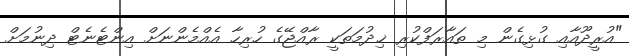
"އުރީދޫއާއި ގުޅިގެން މި ތައާރަފްކުރި ޚިދުމަތަކީ ރާއްޖޭގެ ހުރިހާ އެއްމެންނަށް އިންޓެނެޓް ދިނުމަށް